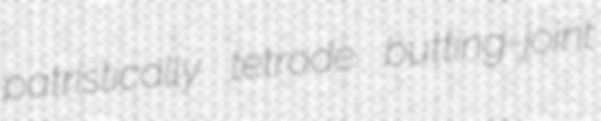
patristically tetrode butting-joint